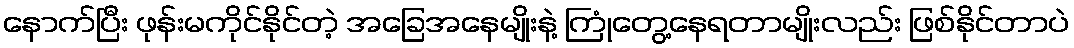
နောက်ပြီး ဖုန်းမကိုင်နိုင်တဲ့ အခြေအနေမျိုးနဲ့ ကြုံတွေ့နေရတာမျိုးလည်း ဖြစ်နိုင်တာပဲ